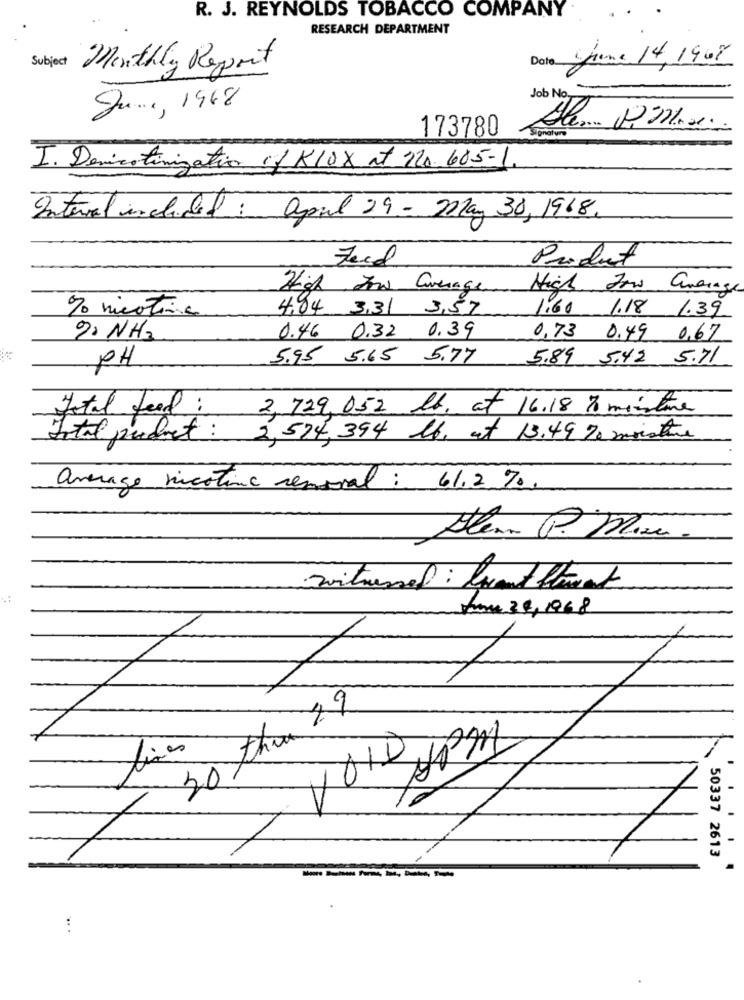
R. J. REYNOLDS TOBACCO COMPANY
RESEARCH DEPARTMENT
Yjune 14,1908
Subject
Monthly Report
Date
Job No
June, 1968
naturo
173780
I. Denicotinization of K10X at 220 605-1
Internal included : april 29 - May 30, 1968.
Feed
Product
High Low Average
High Jow Average
% nicotine
4,84 3,31 3,57
1.60 1.18 1.39
2 NH2
0.46 0.32 0.39
0.73 0.49 0.67
PH
5.95 5.65 5.77
5.89 5.42 5.71
Total feed:
2, 729, 052 lb. at 16.18 To misture
Intal product: 2,574, 394 lb, at 13.49 % moishe
average nicotine removal : 61.2 %,
Kom 36,1968
N
1
RX
50337 2613
. . ..
-----